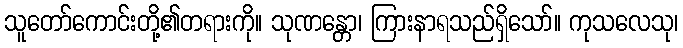
သူတော်ကောင်းတို့၏တရားကို။ သုဏန္တော၊ ကြားနာရသည်ရှိသော်။ ကုသလေသု၊